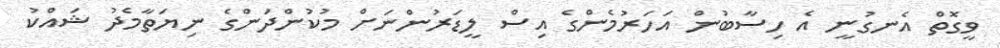
ވީގޮތް އެނގުނީ އެ ހިސާބުން އަހަރުމެންގެ އިސް ލީޑަރުންނަށް މުކުންދަންގެ ނިޔަތާމެދު ޝައްކު